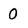
Character: 0